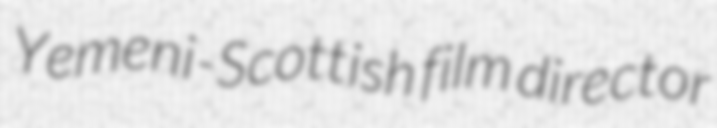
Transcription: Yemeni-Scottish film director